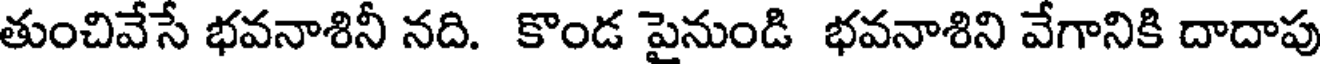
తుంచివేసే భవనాశినీ నది. కొండ పైనుండి భవనాశిని వేగానికి దాదాపు